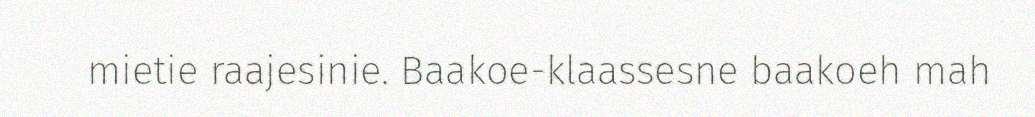
mietie raajesinie. Baakoe-klaassesne baakoeh mah